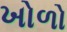
ખોળો